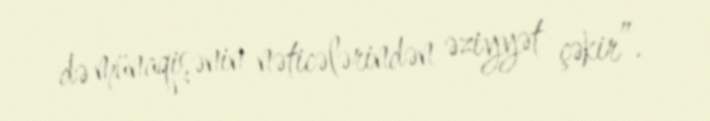
də münaqişənin nəticələrindən əziyyət çəkir”.